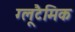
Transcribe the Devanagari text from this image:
ग्लूटैमिक